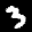
Label: 3